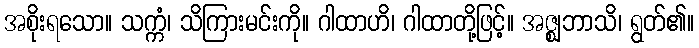
အစိုးရသော။ သက္ကံ၊ သိကြားမင်းကို။ ဂါထာဟိ၊ ဂါထာတို့ဖြင့်။ အဇ္ဈဘာသိ၊ ရွတ်၏။